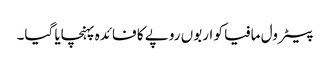
پیٹرول مافیا کو اربوں روپے کا فائدہ پہنچایا گیا۔